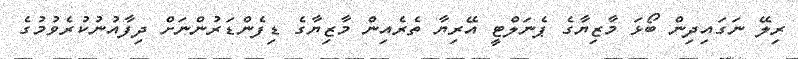
ރިލޭ ނަގައިދިން ބޯޅަ މާޒިޔާގެ ޕެނަލްޓީ އޭރިޔާ ތެރެއިން މާޒިޔާގެ ޑިފެންޑަރުންނަށް ދިފާއުނުކުރެވުމުގެ